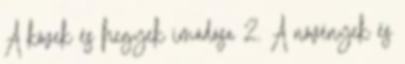
A kövek és hegyek imádása 2. A növények és